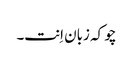
چو کہ زبان اِنت۔